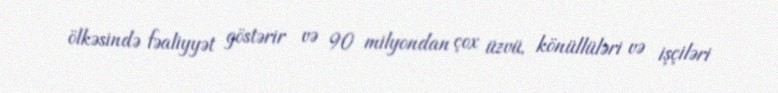
ölkəsində fəaliyyət göstərir və 90 milyondan çox üzvü, könüllüləri və işçiləri